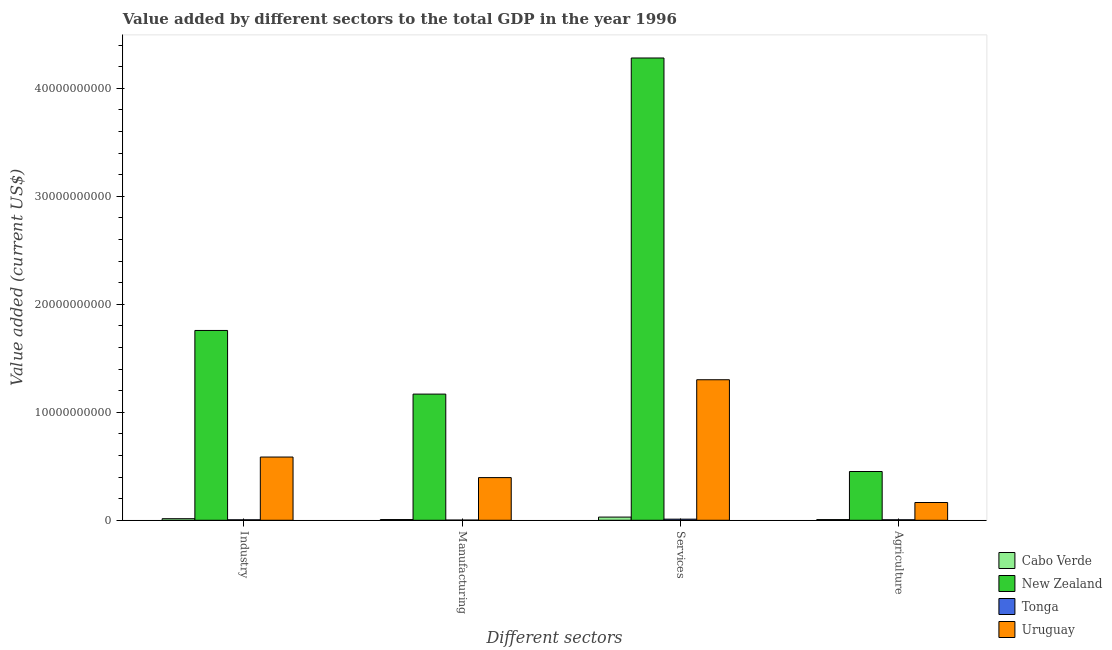
| Different sectors | Cabo Verde | New Zealand | Tonga | Uruguay |
 | --- | --- | --- | --- | --- |
 | Industry | 1.45e+08 | 1.76e+10 | 4.25e+07 | 5.86e+09 |
 | Manufacturing | 6.55e+07 | 1.17e+10 | 1.71e+07 | 3.95e+09 |
 | Services | 2.94e+08 | 4.28e+10 | 1.03e+08 | 1.3e+10 |
 | Agriculture | 6.25e+07 | 4.52e+09 | 4.53e+07 | 1.64e+09 |